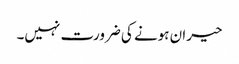
حیران ہونے کی ضرورت نہیں۔